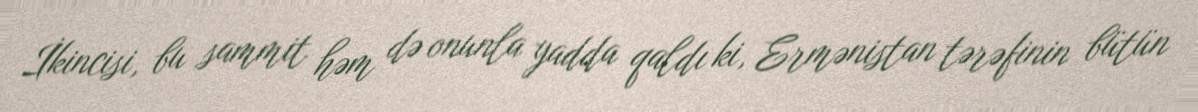
İkincisi, bu sammit həm də onunla yadda qaldı ki, Ermənistan tərəfinin bütün